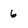
Character: 6